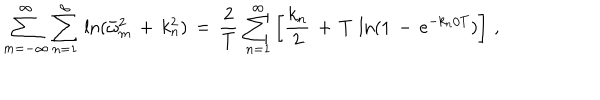
LaTeX: \sum _ { m = - \infty } ^ { \infty } \sum _ { n = 1 } ^ { \infty } \, \ln ( \bar { \omega } _ { m } ^ { 2 } \, + \, k _ { n } ^ { 2 } ) \, = \, \frac { 2 } { T } \, \sum _ { n = 1 } ^ { \infty } \left[ \frac { k _ { n } } { 2 } \, + \, T \, \ln ( 1 \, - \, e ^ { - k _ { n } / T } ) \right] \, { , }